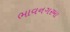
ભાવનગરમા